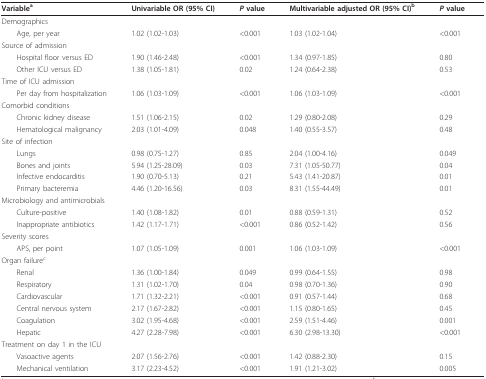
<table><thead><tr><td><b>Variable<sup>a</sup></b></td><td><b>Univariable OR (95% CI)</b></td><td><b><i>P </i>value</b></td><td><b>Multivariable adjusted OR (95% CI)<sup>b</sup></b></td><td><b><i>P </i>value</b></td></tr></thead><tbody><tr><td>Demographics</td><td></td><td></td><td></td><td></td></tr><tr><td> Age, per year</td><td>1.02 (1.02-1.03)</td><td>&lt;0.001</td><td>1.03 (1.02-1.04)</td><td>&lt;0.001</td></tr><tr><td>Source of admission</td><td></td><td></td><td></td><td></td></tr><tr><td> Hospital floor versus ED</td><td>1.90 (1.46-2.48)</td><td>&lt;0.001</td><td>1.34 (0.97-1.85)</td><td>0.80</td></tr><tr><td> Other ICU versus ED</td><td>1.38 (1.05-1.81)</td><td>0.02</td><td>1.24 (0.64-2.38)</td><td>0.53</td></tr><tr><td>Time of ICU admission</td><td></td><td></td><td></td><td></td></tr><tr><td> Per day from hospitalization</td><td>1.06 (1.03-1.09)</td><td>&lt;0.001</td><td>1.06 (1.03-1.09)</td><td>&lt;0.001</td></tr><tr><td>Comorbid conditions</td><td></td><td></td><td></td><td></td></tr><tr><td> Chronic kidney disease</td><td>1.51 (1.06-2.15)</td><td>0.02</td><td>1.29 (0.80-2.08)</td><td>0.29</td></tr><tr><td> Hematological malignancy</td><td>2.03 (1.01-4.09)</td><td>0.048</td><td>1.40 (0.55-3.57)</td><td>0.48</td></tr><tr><td>Site of infection</td><td></td><td></td><td></td><td></td></tr><tr><td> Lungs</td><td>0.98 (0.75-1.27)</td><td>0.85</td><td>2.04 (1.00-4.16)</td><td>0.049</td></tr><tr><td> Bones and joints</td><td>5.94 (1.25-28.09)</td><td>0.03</td><td>7.31 (1.05-50.77)</td><td>0.04</td></tr><tr><td> Infective endocarditis</td><td>1.90 (0.70-5.13)</td><td>0.21</td><td>5.43 (1.41-20.87)</td><td>0.01</td></tr><tr><td> Primary bacteremia</td><td>4.46 (1.20-16.56)</td><td>0.03</td><td>8.31 (1.55-44.49)</td><td>0.01</td></tr><tr><td>Microbiology and antimicrobials</td><td></td><td></td><td></td><td></td></tr><tr><td> Culture-positive</td><td>1.40 (1.08-1.82)</td><td>0.01</td><td>0.88 (0.59-1.31)</td><td>0.52</td></tr><tr><td> Inappropriate antibiotics</td><td>1.42 (1.17-1.71)</td><td>&lt;0.001</td><td>0.86 (0.52-1.42)</td><td>0.56</td></tr><tr><td>Severity scores</td><td></td><td></td><td></td><td></td></tr><tr><td> APS, per point</td><td>1.07 (1.05-1.09)</td><td>0.001</td><td>1.06 (1.03-1.09)</td><td>&lt;0.001</td></tr><tr><td>Organ failure<sup>c</sup></td><td></td><td></td><td></td><td></td></tr><tr><td> Renal</td><td>1.36 (1.00-1.84)</td><td>0.049</td><td>0.99 (0.64-1.55)</td><td>0.98</td></tr><tr><td> Respiratory</td><td>1.31 (1.02-1.70)</td><td>0.04</td><td>0.98 (0.70-1.36)</td><td>0.90</td></tr><tr><td> Cardiovascular</td><td>1.71 (1.32-2.21)</td><td>&lt;0.001</td><td>0.91 (0.57-1.44)</td><td>0.68</td></tr><tr><td> Central nervous system</td><td>2.17 (1.67-2.82)</td><td>&lt;0.001</td><td>1.15 (0.80-1.65)</td><td>0.45</td></tr><tr><td> Coagulation</td><td>3.02 (1.95-4.68)</td><td>&lt;0.001</td><td>2.59 (1.51-4.46)</td><td>0.001</td></tr><tr><td> Hepatic</td><td>4.27 (2.28-7.98)</td><td>&lt;0.001</td><td>6.30 (2.98-13.30)</td><td>&lt;0.001</td></tr><tr><td>Treatment on day 1 in the ICU</td><td></td><td></td><td></td><td></td></tr><tr><td> Vasoactive agents</td><td>2.07 (1.56-2.76)</td><td>&lt;0.001</td><td>1.42 (0.88-2.30)</td><td>0.15</td></tr><tr><td> Mechanical ventilation</td><td>3.17 (2.23-4.52)</td><td>&lt;0.001</td><td>1.91 (1.21-3.02)</td><td>0.005</td></tr></tbody></table>